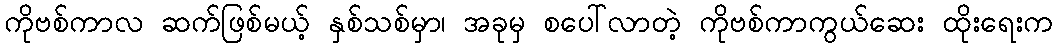
ကိုဗစ်ကာလ ဆက်ဖြစ်မယ့် နှစ်သစ်မှာ၊ အခုမှ စပေါ်လာတဲ့ ကိုဗစ်ကာကွယ်ဆေး ထိုးရေးက